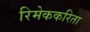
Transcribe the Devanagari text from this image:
रिमेककरिता